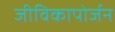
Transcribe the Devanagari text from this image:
जीविकापोर्जन